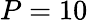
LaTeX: P=10